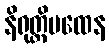
နိရုတ္တိပထေန